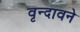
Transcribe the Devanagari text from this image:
वृन्दावने